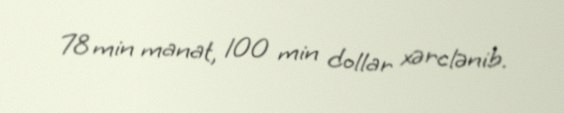
78 min manat, 100 min dollar xərclənib.